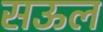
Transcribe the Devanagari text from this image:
सऊल